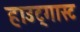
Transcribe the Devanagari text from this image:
हाउट्गास्ट